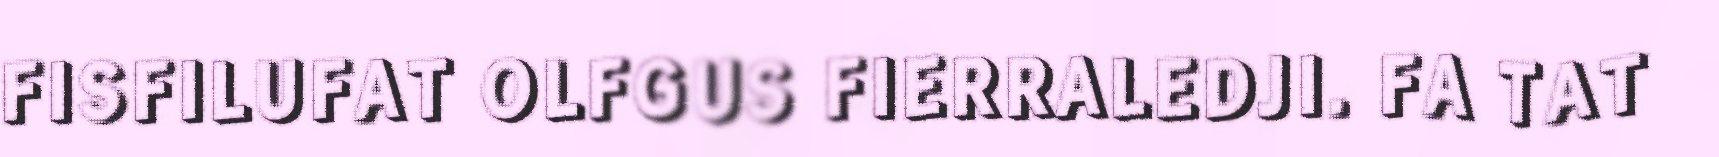
FISFILUFAT OLFGUS FIERRALEDJI. FA TAT